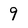
Character: 9